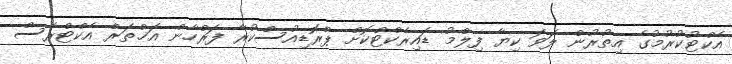
އެކްޓުކުރުމުގެ އިތުރުން ލަވަ ކިޔާ ފިލްމު ޑައިރެކްޓްކޮށް ޕްރޮޑިއުސްކުރާ ފަރްހާން އަޚްތަރް އެކްޓްރެސް